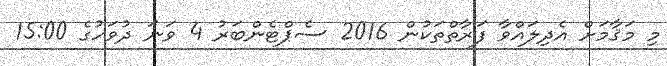
މި މަޤާމަށް އެދިލައްވާ ފަރާތްތަކުން 2016 ސެޕްޓެންބަރު 4 ވަނަ ދުވަހުގެ 15:00